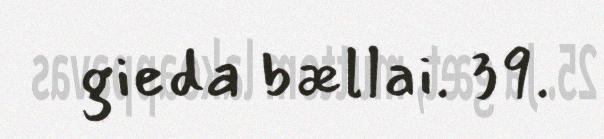
gieda bællai. 39.